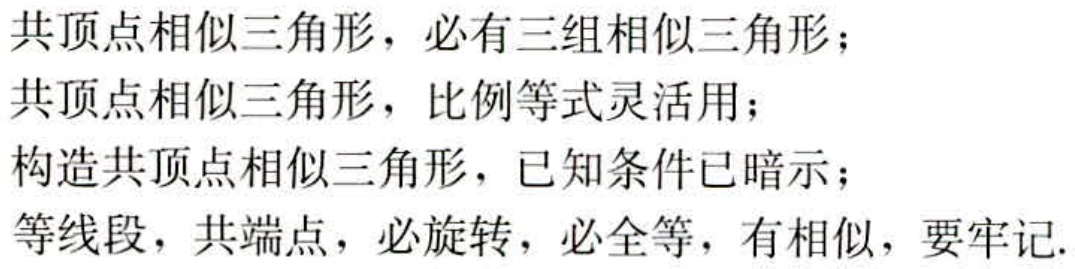
共顶点相似三角形，必有三组相似三角形；

共顶点相似三角形，比例等式灵活用；

构造共顶点相似三角形，已知条件已暗示；

等线段，共端点，必旋转，必全等，有相似，要牢记.